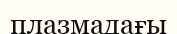
плазмадағы